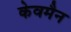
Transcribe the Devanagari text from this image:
केवमैन